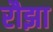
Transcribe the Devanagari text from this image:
रौझा